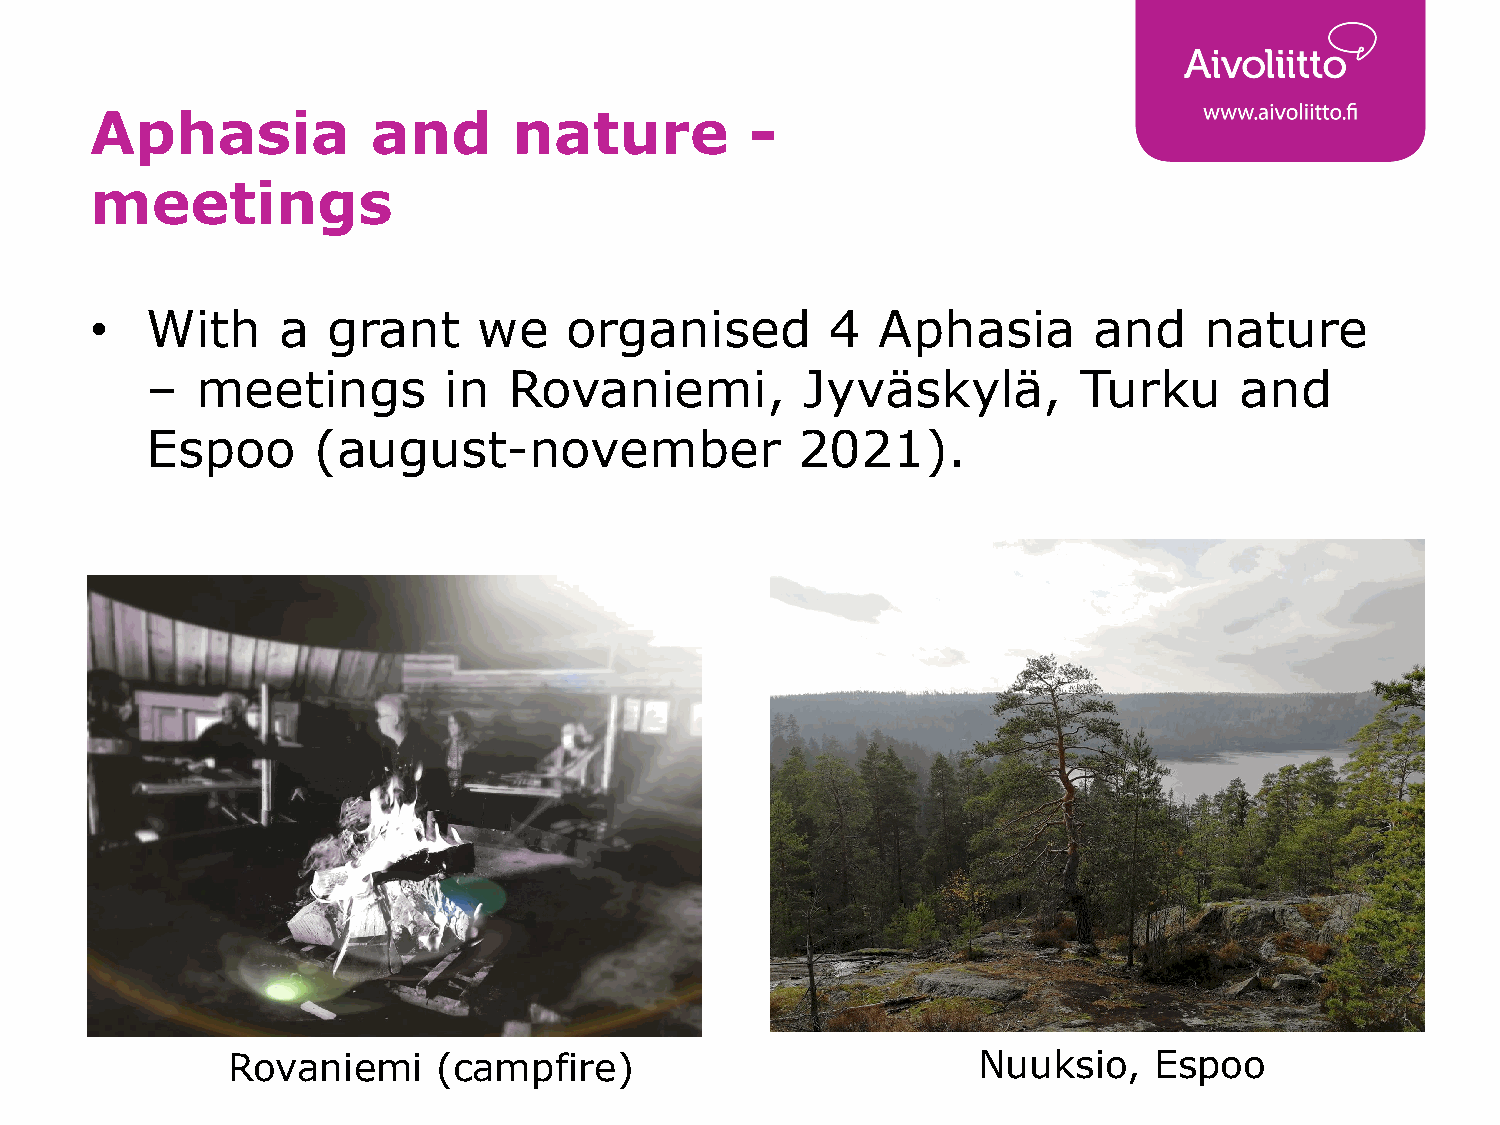
Aphasia            and      nature          -
 meetings
 •   With    a   grant     we   organised         4  Aphasia       and     nature
 –  meetings        in   Rovaniemi,         Jyväskylä,         Turku     and
 Espoo      (august-november                2021).
 Rovaniemi     (campfire)                          Nuuksio,   Espoo